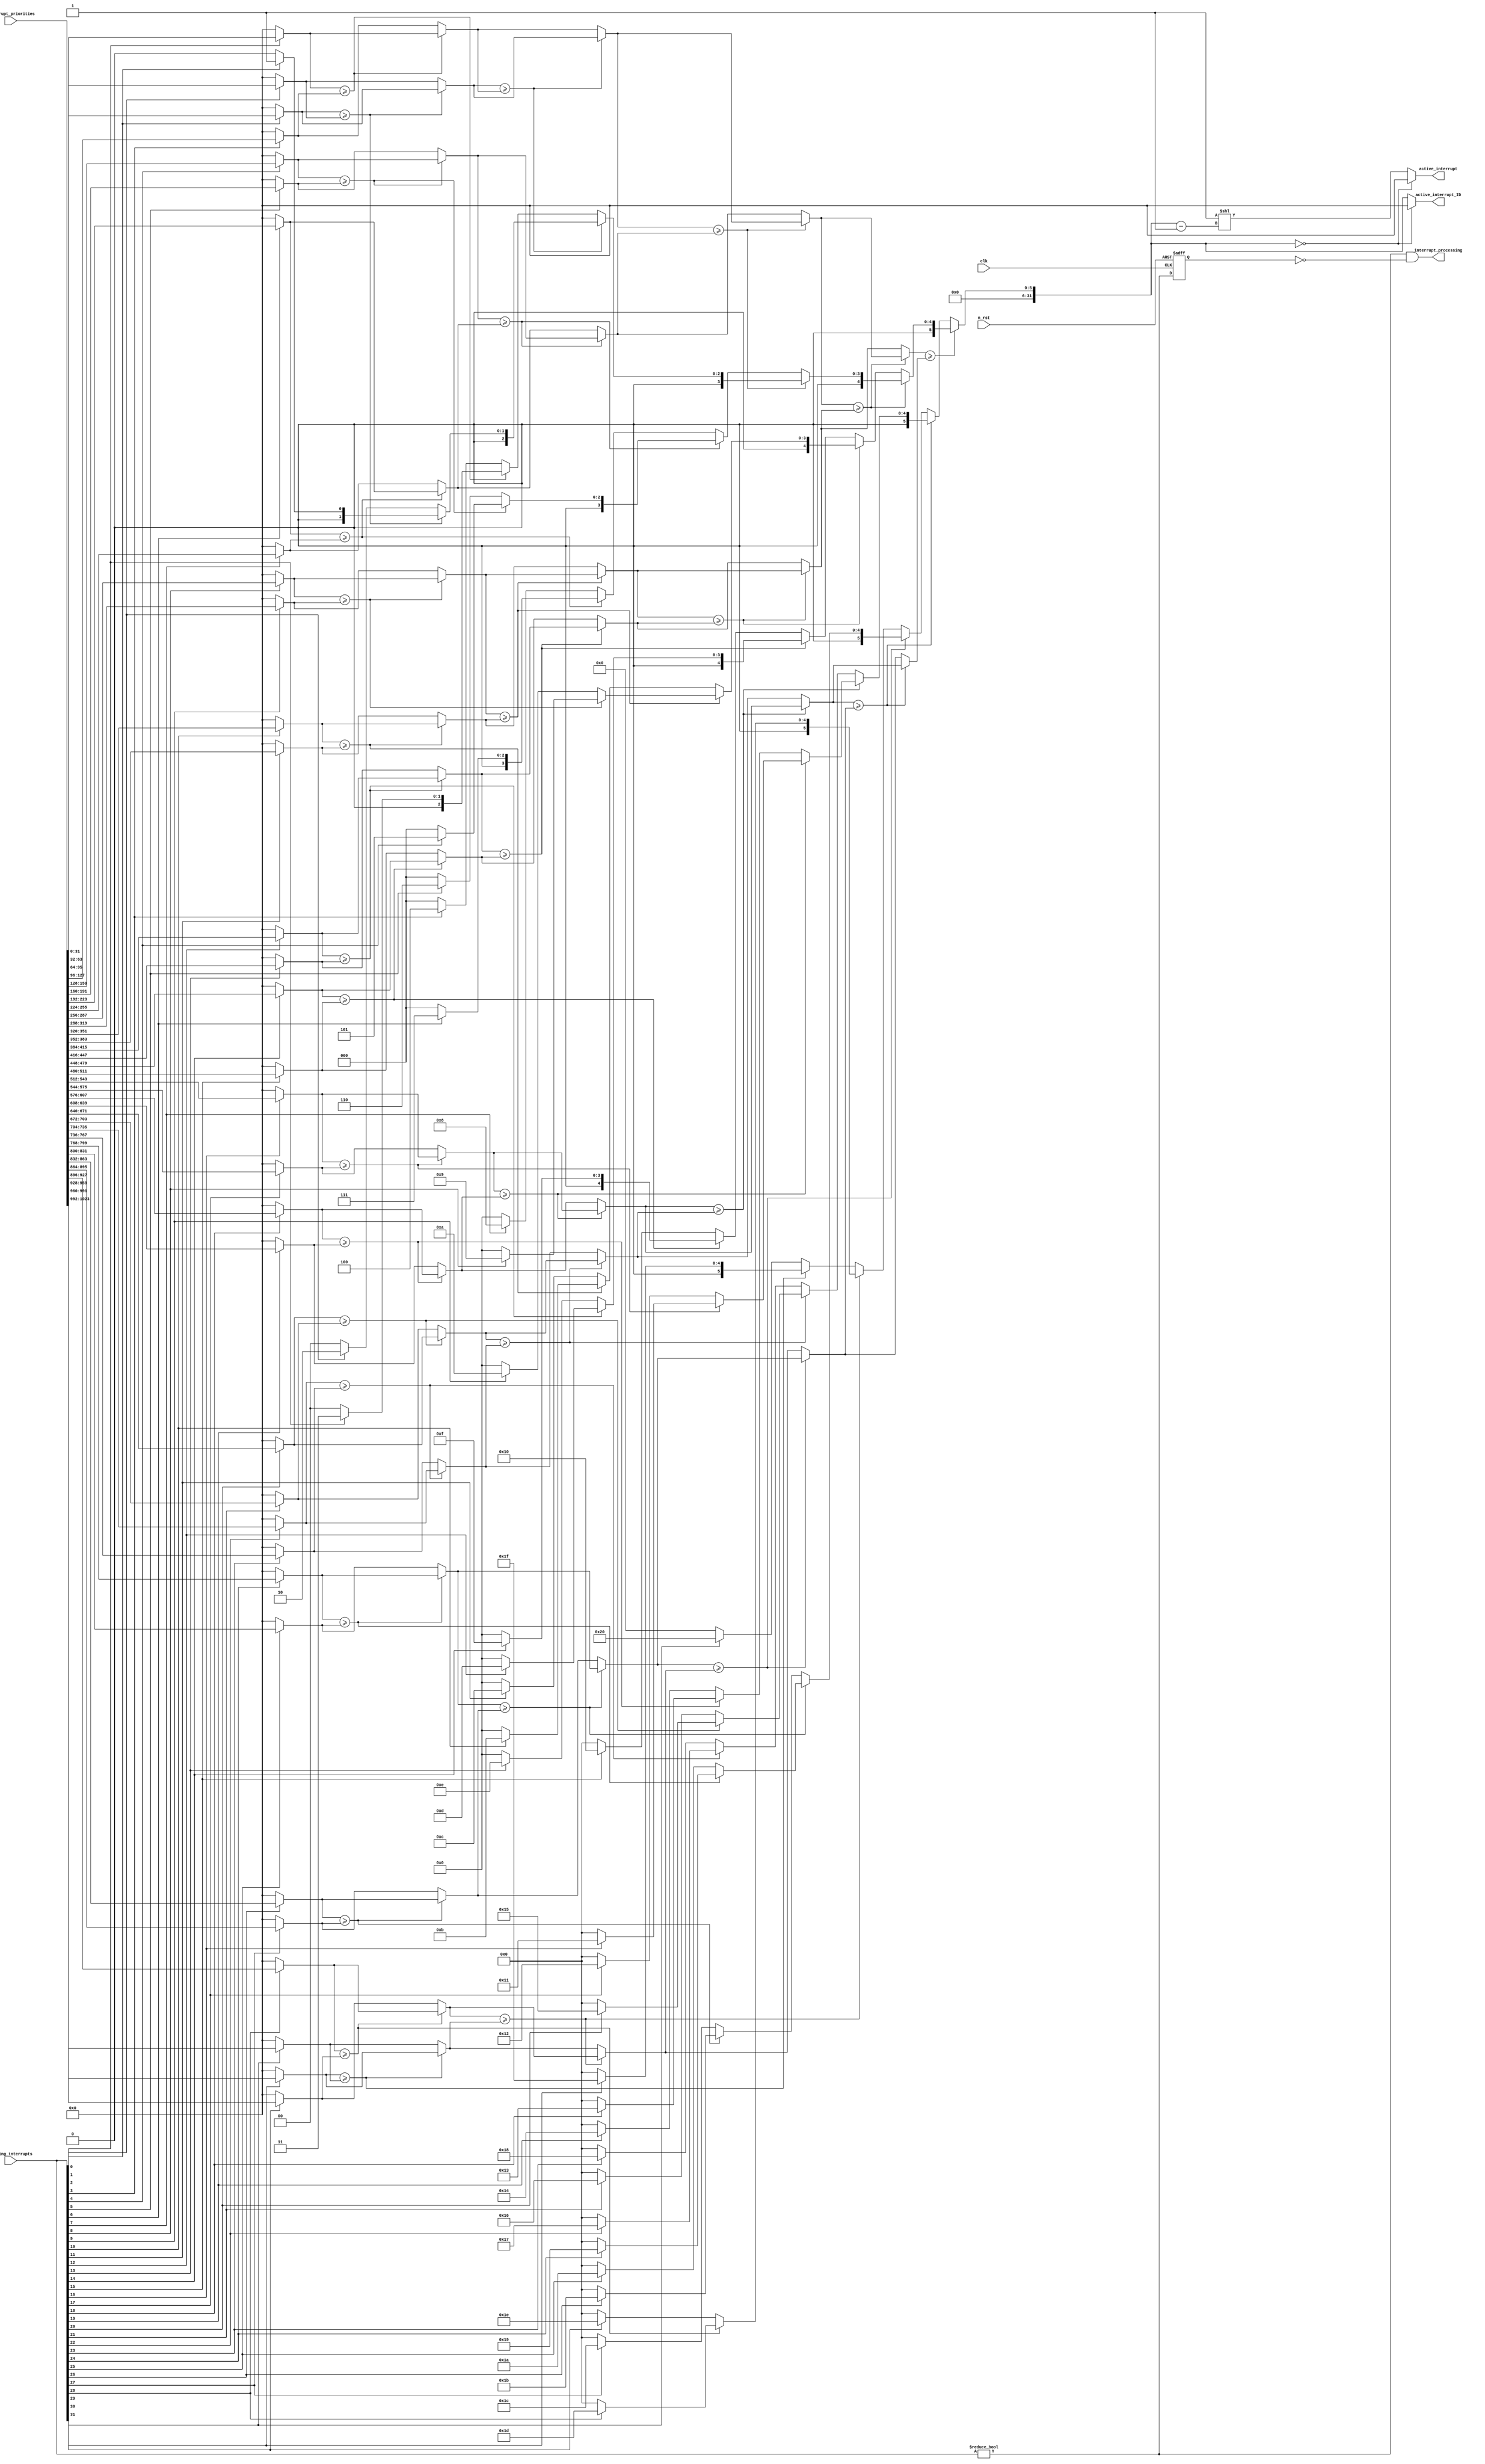
module interrupt_priority_resolve (
	clk,
	n_rst,
	interrupt_priorities,
	pending_interrupts,
	active_interrupt,
	active_interrupt_ID,
	interrupt_processing
);
	parameter N_INTERRUPTS = 32;
	input wire clk;
	input wire n_rst;
	input wire [(N_INTERRUPTS * 32) - 1:0] interrupt_priorities;
	input wire [N_INTERRUPTS - 1:0] pending_interrupts;
	output wire [N_INTERRUPTS - 1:0] active_interrupt;
	output wire [31:0] active_interrupt_ID;
	output wire interrupt_processing;
	wire [(N_INTERRUPTS * 32) - 1:0] max_ids;
	wire [(N_INTERRUPTS * 32) - 1:0] max_priorities;
	wire [(($clog2(N_INTERRUPTS) >= 0 ? (($clog2(N_INTERRUPTS) + 1) * N_INTERRUPTS) - 1 : ((1 - $clog2(N_INTERRUPTS)) * N_INTERRUPTS) + (($clog2(N_INTERRUPTS) * N_INTERRUPTS) - 1)) >= ($clog2(N_INTERRUPTS) >= 0 ? 0 : $clog2(N_INTERRUPTS) * N_INTERRUPTS) ? (((($clog2(N_INTERRUPTS) >= 0 ? (($clog2(N_INTERRUPTS) + 1) * N_INTERRUPTS) - 1 : ((1 - $clog2(N_INTERRUPTS)) * N_INTERRUPTS) + (($clog2(N_INTERRUPTS) * N_INTERRUPTS) - 1)) - ($clog2(N_INTERRUPTS) >= 0 ? 0 : $clog2(N_INTERRUPTS) * N_INTERRUPTS)) + 1) * 32) + ((($clog2(N_INTERRUPTS) >= 0 ? 0 : $clog2(N_INTERRUPTS) * N_INTERRUPTS) * 32) - 1) : (((($clog2(N_INTERRUPTS) >= 0 ? 0 : $clog2(N_INTERRUPTS) * N_INTERRUPTS) - ($clog2(N_INTERRUPTS) >= 0 ? (($clog2(N_INTERRUPTS) + 1) * N_INTERRUPTS) - 1 : ((1 - $clog2(N_INTERRUPTS)) * N_INTERRUPTS) + (($clog2(N_INTERRUPTS) * N_INTERRUPTS) - 1))) + 1) * 32) + ((($clog2(N_INTERRUPTS) >= 0 ? (($clog2(N_INTERRUPTS) + 1) * N_INTERRUPTS) - 1 : ((1 - $clog2(N_INTERRUPTS)) * N_INTERRUPTS) + (($clog2(N_INTERRUPTS) * N_INTERRUPTS) - 1)) * 32) - 1)):(($clog2(N_INTERRUPTS) >= 0 ? (($clog2(N_INTERRUPTS) + 1) * N_INTERRUPTS) - 1 : ((1 - $clog2(N_INTERRUPTS)) * N_INTERRUPTS) + (($clog2(N_INTERRUPTS) * N_INTERRUPTS) - 1)) >= ($clog2(N_INTERRUPTS) >= 0 ? 0 : $clog2(N_INTERRUPTS) * N_INTERRUPTS) ? ($clog2(N_INTERRUPTS) >= 0 ? 0 : $clog2(N_INTERRUPTS) * N_INTERRUPTS) * 32 : ($clog2(N_INTERRUPTS) >= 0 ? (($clog2(N_INTERRUPTS) + 1) * N_INTERRUPTS) - 1 : ((1 - $clog2(N_INTERRUPTS)) * N_INTERRUPTS) + (($clog2(N_INTERRUPTS) * N_INTERRUPTS) - 1)) * 32)] ids;
	wire [(($clog2(N_INTERRUPTS) >= 0 ? (($clog2(N_INTERRUPTS) + 1) * N_INTERRUPTS) - 1 : ((1 - $clog2(N_INTERRUPTS)) * N_INTERRUPTS) + (($clog2(N_INTERRUPTS) * N_INTERRUPTS) - 1)) >= ($clog2(N_INTERRUPTS) >= 0 ? 0 : $clog2(N_INTERRUPTS) * N_INTERRUPTS) ? (((($clog2(N_INTERRUPTS) >= 0 ? (($clog2(N_INTERRUPTS) + 1) * N_INTERRUPTS) - 1 : ((1 - $clog2(N_INTERRUPTS)) * N_INTERRUPTS) + (($clog2(N_INTERRUPTS) * N_INTERRUPTS) - 1)) - ($clog2(N_INTERRUPTS) >= 0 ? 0 : $clog2(N_INTERRUPTS) * N_INTERRUPTS)) + 1) * 32) + ((($clog2(N_INTERRUPTS) >= 0 ? 0 : $clog2(N_INTERRUPTS) * N_INTERRUPTS) * 32) - 1) : (((($clog2(N_INTERRUPTS) >= 0 ? 0 : $clog2(N_INTERRUPTS) * N_INTERRUPTS) - ($clog2(N_INTERRUPTS) >= 0 ? (($clog2(N_INTERRUPTS) + 1) * N_INTERRUPTS) - 1 : ((1 - $clog2(N_INTERRUPTS)) * N_INTERRUPTS) + (($clog2(N_INTERRUPTS) * N_INTERRUPTS) - 1))) + 1) * 32) + ((($clog2(N_INTERRUPTS) >= 0 ? (($clog2(N_INTERRUPTS) + 1) * N_INTERRUPTS) - 1 : ((1 - $clog2(N_INTERRUPTS)) * N_INTERRUPTS) + (($clog2(N_INTERRUPTS) * N_INTERRUPTS) - 1)) * 32) - 1)):(($clog2(N_INTERRUPTS) >= 0 ? (($clog2(N_INTERRUPTS) + 1) * N_INTERRUPTS) - 1 : ((1 - $clog2(N_INTERRUPTS)) * N_INTERRUPTS) + (($clog2(N_INTERRUPTS) * N_INTERRUPTS) - 1)) >= ($clog2(N_INTERRUPTS) >= 0 ? 0 : $clog2(N_INTERRUPTS) * N_INTERRUPTS) ? ($clog2(N_INTERRUPTS) >= 0 ? 0 : $clog2(N_INTERRUPTS) * N_INTERRUPTS) * 32 : ($clog2(N_INTERRUPTS) >= 0 ? (($clog2(N_INTERRUPTS) + 1) * N_INTERRUPTS) - 1 : ((1 - $clog2(N_INTERRUPTS)) * N_INTERRUPTS) + (($clog2(N_INTERRUPTS) * N_INTERRUPTS) - 1)) * 32)] priorities;
	wire interrupt_process;
	reg interrupt_process_prev;
	assign active_interrupt_ID = (ids[(($clog2(N_INTERRUPTS) >= 0 ? (($clog2(N_INTERRUPTS) + 1) * N_INTERRUPTS) - 1 : ((1 - $clog2(N_INTERRUPTS)) * N_INTERRUPTS) + (($clog2(N_INTERRUPTS) * N_INTERRUPTS) - 1)) >= ($clog2(N_INTERRUPTS) >= 0 ? 0 : $clog2(N_INTERRUPTS) * N_INTERRUPTS) ? ($clog2(N_INTERRUPTS) >= 0 ? $clog2(N_INTERRUPTS) : $clog2(N_INTERRUPTS) - $clog2(N_INTERRUPTS)) * N_INTERRUPTS : ($clog2(N_INTERRUPTS) >= 0 ? 0 : $clog2(N_INTERRUPTS) * N_INTERRUPTS) - ((($clog2(N_INTERRUPTS) >= 0 ? $clog2(N_INTERRUPTS) : $clog2(N_INTERRUPTS) - $clog2(N_INTERRUPTS)) * N_INTERRUPTS) - ($clog2(N_INTERRUPTS) >= 0 ? (($clog2(N_INTERRUPTS) + 1) * N_INTERRUPTS) - 1 : ((1 - $clog2(N_INTERRUPTS)) * N_INTERRUPTS) + (($clog2(N_INTERRUPTS) * N_INTERRUPTS) - 1)))) * 32+:32] == 0 ? {32 {1'sb0}} : ids[(($clog2(N_INTERRUPTS) >= 0 ? (($clog2(N_INTERRUPTS) + 1) * N_INTERRUPTS) - 1 : ((1 - $clog2(N_INTERRUPTS)) * N_INTERRUPTS) + (($clog2(N_INTERRUPTS) * N_INTERRUPTS) - 1)) >= ($clog2(N_INTERRUPTS) >= 0 ? 0 : $clog2(N_INTERRUPTS) * N_INTERRUPTS) ? ($clog2(N_INTERRUPTS) >= 0 ? $clog2(N_INTERRUPTS) : $clog2(N_INTERRUPTS) - $clog2(N_INTERRUPTS)) * N_INTERRUPTS : ($clog2(N_INTERRUPTS) >= 0 ? 0 : $clog2(N_INTERRUPTS) * N_INTERRUPTS) - ((($clog2(N_INTERRUPTS) >= 0 ? $clog2(N_INTERRUPTS) : $clog2(N_INTERRUPTS) - $clog2(N_INTERRUPTS)) * N_INTERRUPTS) - ($clog2(N_INTERRUPTS) >= 0 ? (($clog2(N_INTERRUPTS) + 1) * N_INTERRUPTS) - 1 : ((1 - $clog2(N_INTERRUPTS)) * N_INTERRUPTS) + (($clog2(N_INTERRUPTS) * N_INTERRUPTS) - 1)))) * 32+:32]);
	assign active_interrupt = (ids[(($clog2(N_INTERRUPTS) >= 0 ? (($clog2(N_INTERRUPTS) + 1) * N_INTERRUPTS) - 1 : ((1 - $clog2(N_INTERRUPTS)) * N_INTERRUPTS) + (($clog2(N_INTERRUPTS) * N_INTERRUPTS) - 1)) >= ($clog2(N_INTERRUPTS) >= 0 ? 0 : $clog2(N_INTERRUPTS) * N_INTERRUPTS) ? ($clog2(N_INTERRUPTS) >= 0 ? $clog2(N_INTERRUPTS) : $clog2(N_INTERRUPTS) - $clog2(N_INTERRUPTS)) * N_INTERRUPTS : ($clog2(N_INTERRUPTS) >= 0 ? 0 : $clog2(N_INTERRUPTS) * N_INTERRUPTS) - ((($clog2(N_INTERRUPTS) >= 0 ? $clog2(N_INTERRUPTS) : $clog2(N_INTERRUPTS) - $clog2(N_INTERRUPTS)) * N_INTERRUPTS) - ($clog2(N_INTERRUPTS) >= 0 ? (($clog2(N_INTERRUPTS) + 1) * N_INTERRUPTS) - 1 : ((1 - $clog2(N_INTERRUPTS)) * N_INTERRUPTS) + (($clog2(N_INTERRUPTS) * N_INTERRUPTS) - 1)))) * 32+:32] == 0 ? {N_INTERRUPTS {1'sb0}} : 'b1 << (ids[(($clog2(N_INTERRUPTS) >= 0 ? (($clog2(N_INTERRUPTS) + 1) * N_INTERRUPTS) - 1 : ((1 - $clog2(N_INTERRUPTS)) * N_INTERRUPTS) + (($clog2(N_INTERRUPTS) * N_INTERRUPTS) - 1)) >= ($clog2(N_INTERRUPTS) >= 0 ? 0 : $clog2(N_INTERRUPTS) * N_INTERRUPTS) ? ($clog2(N_INTERRUPTS) >= 0 ? $clog2(N_INTERRUPTS) : $clog2(N_INTERRUPTS) - $clog2(N_INTERRUPTS)) * N_INTERRUPTS : ($clog2(N_INTERRUPTS) >= 0 ? 0 : $clog2(N_INTERRUPTS) * N_INTERRUPTS) - ((($clog2(N_INTERRUPTS) >= 0 ? $clog2(N_INTERRUPTS) : $clog2(N_INTERRUPTS) - $clog2(N_INTERRUPTS)) * N_INTERRUPTS) - ($clog2(N_INTERRUPTS) >= 0 ? (($clog2(N_INTERRUPTS) + 1) * N_INTERRUPTS) - 1 : ((1 - $clog2(N_INTERRUPTS)) * N_INTERRUPTS) + (($clog2(N_INTERRUPTS) * N_INTERRUPTS) - 1)))) * 32+:32] - 1));
	assign interrupt_process = pending_interrupts != {N_INTERRUPTS {1'sb0}};
	assign interrupt_processing = interrupt_process & ~interrupt_process_prev;
	always @(posedge clk or negedge n_rst)
		if (!n_rst)
			interrupt_process_prev <= 1'b0;
		else
			interrupt_process_prev <= interrupt_process;
	genvar i;
	genvar j;
	generate
		for (i = 0; i <= $clog2(N_INTERRUPTS); i = i + 1) for (j = 0; j < (2 ** ($clog2(N_INTERRUPTS) - i)); j = j + 1) if (i == 0) begin
			assign ids[(($clog2(N_INTERRUPTS) >= 0 ? (($clog2(N_INTERRUPTS) + 1) * N_INTERRUPTS) - 1 : ((1 - $clog2(N_INTERRUPTS)) * N_INTERRUPTS) + (($clog2(N_INTERRUPTS) * N_INTERRUPTS) - 1)) >= ($clog2(N_INTERRUPTS) >= 0 ? 0 : $clog2(N_INTERRUPTS) * N_INTERRUPTS) ? (($clog2(N_INTERRUPTS) >= 0 ? i : $clog2(N_INTERRUPTS) - i) * N_INTERRUPTS) + j : ($clog2(N_INTERRUPTS) >= 0 ? 0 : $clog2(N_INTERRUPTS) * N_INTERRUPTS) - (((($clog2(N_INTERRUPTS) >= 0 ? i : $clog2(N_INTERRUPTS) - i) * N_INTERRUPTS) + j) - ($clog2(N_INTERRUPTS) >= 0 ? (($clog2(N_INTERRUPTS) + 1) * N_INTERRUPTS) - 1 : ((1 - $clog2(N_INTERRUPTS)) * N_INTERRUPTS) + (($clog2(N_INTERRUPTS) * N_INTERRUPTS) - 1)))) * 32+:32] = (pending_interrupts[j] ? j + 1 : 0);
			assign priorities[(($clog2(N_INTERRUPTS) >= 0 ? (($clog2(N_INTERRUPTS) + 1) * N_INTERRUPTS) - 1 : ((1 - $clog2(N_INTERRUPTS)) * N_INTERRUPTS) + (($clog2(N_INTERRUPTS) * N_INTERRUPTS) - 1)) >= ($clog2(N_INTERRUPTS) >= 0 ? 0 : $clog2(N_INTERRUPTS) * N_INTERRUPTS) ? (($clog2(N_INTERRUPTS) >= 0 ? i : $clog2(N_INTERRUPTS) - i) * N_INTERRUPTS) + j : ($clog2(N_INTERRUPTS) >= 0 ? 0 : $clog2(N_INTERRUPTS) * N_INTERRUPTS) - (((($clog2(N_INTERRUPTS) >= 0 ? i : $clog2(N_INTERRUPTS) - i) * N_INTERRUPTS) + j) - ($clog2(N_INTERRUPTS) >= 0 ? (($clog2(N_INTERRUPTS) + 1) * N_INTERRUPTS) - 1 : ((1 - $clog2(N_INTERRUPTS)) * N_INTERRUPTS) + (($clog2(N_INTERRUPTS) * N_INTERRUPTS) - 1)))) * 32+:32] = (pending_interrupts[j] ? interrupt_priorities[j * 32+:32] : 0);
		end
		else begin
			assign ids[(($clog2(N_INTERRUPTS) >= 0 ? (($clog2(N_INTERRUPTS) + 1) * N_INTERRUPTS) - 1 : ((1 - $clog2(N_INTERRUPTS)) * N_INTERRUPTS) + (($clog2(N_INTERRUPTS) * N_INTERRUPTS) - 1)) >= ($clog2(N_INTERRUPTS) >= 0 ? 0 : $clog2(N_INTERRUPTS) * N_INTERRUPTS) ? (($clog2(N_INTERRUPTS) >= 0 ? i : $clog2(N_INTERRUPTS) - i) * N_INTERRUPTS) + j : ($clog2(N_INTERRUPTS) >= 0 ? 0 : $clog2(N_INTERRUPTS) * N_INTERRUPTS) - (((($clog2(N_INTERRUPTS) >= 0 ? i : $clog2(N_INTERRUPTS) - i) * N_INTERRUPTS) + j) - ($clog2(N_INTERRUPTS) >= 0 ? (($clog2(N_INTERRUPTS) + 1) * N_INTERRUPTS) - 1 : ((1 - $clog2(N_INTERRUPTS)) * N_INTERRUPTS) + (($clog2(N_INTERRUPTS) * N_INTERRUPTS) - 1)))) * 32+:32] = (priorities[(($clog2(N_INTERRUPTS) >= 0 ? (($clog2(N_INTERRUPTS) + 1) * N_INTERRUPTS) - 1 : ((1 - $clog2(N_INTERRUPTS)) * N_INTERRUPTS) + (($clog2(N_INTERRUPTS) * N_INTERRUPTS) - 1)) >= ($clog2(N_INTERRUPTS) >= 0 ? 0 : $clog2(N_INTERRUPTS) * N_INTERRUPTS) ? (($clog2(N_INTERRUPTS) >= 0 ? i - 1 : $clog2(N_INTERRUPTS) - (i - 1)) * N_INTERRUPTS) + (2 * j) : ($clog2(N_INTERRUPTS) >= 0 ? 0 : $clog2(N_INTERRUPTS) * N_INTERRUPTS) - (((($clog2(N_INTERRUPTS) >= 0 ? i - 1 : $clog2(N_INTERRUPTS) - (i - 1)) * N_INTERRUPTS) + (2 * j)) - ($clog2(N_INTERRUPTS) >= 0 ? (($clog2(N_INTERRUPTS) + 1) * N_INTERRUPTS) - 1 : ((1 - $clog2(N_INTERRUPTS)) * N_INTERRUPTS) + (($clog2(N_INTERRUPTS) * N_INTERRUPTS) - 1)))) * 32+:32] >= priorities[(($clog2(N_INTERRUPTS) >= 0 ? (($clog2(N_INTERRUPTS) + 1) * N_INTERRUPTS) - 1 : ((1 - $clog2(N_INTERRUPTS)) * N_INTERRUPTS) + (($clog2(N_INTERRUPTS) * N_INTERRUPTS) - 1)) >= ($clog2(N_INTERRUPTS) >= 0 ? 0 : $clog2(N_INTERRUPTS) * N_INTERRUPTS) ? (($clog2(N_INTERRUPTS) >= 0 ? i - 1 : $clog2(N_INTERRUPTS) - (i - 1)) * N_INTERRUPTS) + ((2 * j) + 1) : ($clog2(N_INTERRUPTS) >= 0 ? 0 : $clog2(N_INTERRUPTS) * N_INTERRUPTS) - (((($clog2(N_INTERRUPTS) >= 0 ? i - 1 : $clog2(N_INTERRUPTS) - (i - 1)) * N_INTERRUPTS) + ((2 * j) + 1)) - ($clog2(N_INTERRUPTS) >= 0 ? (($clog2(N_INTERRUPTS) + 1) * N_INTERRUPTS) - 1 : ((1 - $clog2(N_INTERRUPTS)) * N_INTERRUPTS) + (($clog2(N_INTERRUPTS) * N_INTERRUPTS) - 1)))) * 32+:32] ? ids[(($clog2(N_INTERRUPTS) >= 0 ? (($clog2(N_INTERRUPTS) + 1) * N_INTERRUPTS) - 1 : ((1 - $clog2(N_INTERRUPTS)) * N_INTERRUPTS) + (($clog2(N_INTERRUPTS) * N_INTERRUPTS) - 1)) >= ($clog2(N_INTERRUPTS) >= 0 ? 0 : $clog2(N_INTERRUPTS) * N_INTERRUPTS) ? (($clog2(N_INTERRUPTS) >= 0 ? i - 1 : $clog2(N_INTERRUPTS) - (i - 1)) * N_INTERRUPTS) + (2 * j) : ($clog2(N_INTERRUPTS) >= 0 ? 0 : $clog2(N_INTERRUPTS) * N_INTERRUPTS) - (((($clog2(N_INTERRUPTS) >= 0 ? i - 1 : $clog2(N_INTERRUPTS) - (i - 1)) * N_INTERRUPTS) + (2 * j)) - ($clog2(N_INTERRUPTS) >= 0 ? (($clog2(N_INTERRUPTS) + 1) * N_INTERRUPTS) - 1 : ((1 - $clog2(N_INTERRUPTS)) * N_INTERRUPTS) + (($clog2(N_INTERRUPTS) * N_INTERRUPTS) - 1)))) * 32+:32] : ids[(($clog2(N_INTERRUPTS) >= 0 ? (($clog2(N_INTERRUPTS) + 1) * N_INTERRUPTS) - 1 : ((1 - $clog2(N_INTERRUPTS)) * N_INTERRUPTS) + (($clog2(N_INTERRUPTS) * N_INTERRUPTS) - 1)) >= ($clog2(N_INTERRUPTS) >= 0 ? 0 : $clog2(N_INTERRUPTS) * N_INTERRUPTS) ? (($clog2(N_INTERRUPTS) >= 0 ? i - 1 : $clog2(N_INTERRUPTS) - (i - 1)) * N_INTERRUPTS) + ((2 * j) + 1) : ($clog2(N_INTERRUPTS) >= 0 ? 0 : $clog2(N_INTERRUPTS) * N_INTERRUPTS) - (((($clog2(N_INTERRUPTS) >= 0 ? i - 1 : $clog2(N_INTERRUPTS) - (i - 1)) * N_INTERRUPTS) + ((2 * j) + 1)) - ($clog2(N_INTERRUPTS) >= 0 ? (($clog2(N_INTERRUPTS) + 1) * N_INTERRUPTS) - 1 : ((1 - $clog2(N_INTERRUPTS)) * N_INTERRUPTS) + (($clog2(N_INTERRUPTS) * N_INTERRUPTS) - 1)))) * 32+:32]);
			assign priorities[(($clog2(N_INTERRUPTS) >= 0 ? (($clog2(N_INTERRUPTS) + 1) * N_INTERRUPTS) - 1 : ((1 - $clog2(N_INTERRUPTS)) * N_INTERRUPTS) + (($clog2(N_INTERRUPTS) * N_INTERRUPTS) - 1)) >= ($clog2(N_INTERRUPTS) >= 0 ? 0 : $clog2(N_INTERRUPTS) * N_INTERRUPTS) ? (($clog2(N_INTERRUPTS) >= 0 ? i : $clog2(N_INTERRUPTS) - i) * N_INTERRUPTS) + j : ($clog2(N_INTERRUPTS) >= 0 ? 0 : $clog2(N_INTERRUPTS) * N_INTERRUPTS) - (((($clog2(N_INTERRUPTS) >= 0 ? i : $clog2(N_INTERRUPTS) - i) * N_INTERRUPTS) + j) - ($clog2(N_INTERRUPTS) >= 0 ? (($clog2(N_INTERRUPTS) + 1) * N_INTERRUPTS) - 1 : ((1 - $clog2(N_INTERRUPTS)) * N_INTERRUPTS) + (($clog2(N_INTERRUPTS) * N_INTERRUPTS) - 1)))) * 32+:32] = (priorities[(($clog2(N_INTERRUPTS) >= 0 ? (($clog2(N_INTERRUPTS) + 1) * N_INTERRUPTS) - 1 : ((1 - $clog2(N_INTERRUPTS)) * N_INTERRUPTS) + (($clog2(N_INTERRUPTS) * N_INTERRUPTS) - 1)) >= ($clog2(N_INTERRUPTS) >= 0 ? 0 : $clog2(N_INTERRUPTS) * N_INTERRUPTS) ? (($clog2(N_INTERRUPTS) >= 0 ? i - 1 : $clog2(N_INTERRUPTS) - (i - 1)) * N_INTERRUPTS) + (2 * j) : ($clog2(N_INTERRUPTS) >= 0 ? 0 : $clog2(N_INTERRUPTS) * N_INTERRUPTS) - (((($clog2(N_INTERRUPTS) >= 0 ? i - 1 : $clog2(N_INTERRUPTS) - (i - 1)) * N_INTERRUPTS) + (2 * j)) - ($clog2(N_INTERRUPTS) >= 0 ? (($clog2(N_INTERRUPTS) + 1) * N_INTERRUPTS) - 1 : ((1 - $clog2(N_INTERRUPTS)) * N_INTERRUPTS) + (($clog2(N_INTERRUPTS) * N_INTERRUPTS) - 1)))) * 32+:32] >= priorities[(($clog2(N_INTERRUPTS) >= 0 ? (($clog2(N_INTERRUPTS) + 1) * N_INTERRUPTS) - 1 : ((1 - $clog2(N_INTERRUPTS)) * N_INTERRUPTS) + (($clog2(N_INTERRUPTS) * N_INTERRUPTS) - 1)) >= ($clog2(N_INTERRUPTS) >= 0 ? 0 : $clog2(N_INTERRUPTS) * N_INTERRUPTS) ? (($clog2(N_INTERRUPTS) >= 0 ? i - 1 : $clog2(N_INTERRUPTS) - (i - 1)) * N_INTERRUPTS) + ((2 * j) + 1) : ($clog2(N_INTERRUPTS) >= 0 ? 0 : $clog2(N_INTERRUPTS) * N_INTERRUPTS) - (((($clog2(N_INTERRUPTS) >= 0 ? i - 1 : $clog2(N_INTERRUPTS) - (i - 1)) * N_INTERRUPTS) + ((2 * j) + 1)) - ($clog2(N_INTERRUPTS) >= 0 ? (($clog2(N_INTERRUPTS) + 1) * N_INTERRUPTS) - 1 : ((1 - $clog2(N_INTERRUPTS)) * N_INTERRUPTS) + (($clog2(N_INTERRUPTS) * N_INTERRUPTS) - 1)))) * 32+:32] ? priorities[(($clog2(N_INTERRUPTS) >= 0 ? (($clog2(N_INTERRUPTS) + 1) * N_INTERRUPTS) - 1 : ((1 - $clog2(N_INTERRUPTS)) * N_INTERRUPTS) + (($clog2(N_INTERRUPTS) * N_INTERRUPTS) - 1)) >= ($clog2(N_INTERRUPTS) >= 0 ? 0 : $clog2(N_INTERRUPTS) * N_INTERRUPTS) ? (($clog2(N_INTERRUPTS) >= 0 ? i - 1 : $clog2(N_INTERRUPTS) - (i - 1)) * N_INTERRUPTS) + (2 * j) : ($clog2(N_INTERRUPTS) >= 0 ? 0 : $clog2(N_INTERRUPTS) * N_INTERRUPTS) - (((($clog2(N_INTERRUPTS) >= 0 ? i - 1 : $clog2(N_INTERRUPTS) - (i - 1)) * N_INTERRUPTS) + (2 * j)) - ($clog2(N_INTERRUPTS) >= 0 ? (($clog2(N_INTERRUPTS) + 1) * N_INTERRUPTS) - 1 : ((1 - $clog2(N_INTERRUPTS)) * N_INTERRUPTS) + (($clog2(N_INTERRUPTS) * N_INTERRUPTS) - 1)))) * 32+:32] : priorities[(($clog2(N_INTERRUPTS) >= 0 ? (($clog2(N_INTERRUPTS) + 1) * N_INTERRUPTS) - 1 : ((1 - $clog2(N_INTERRUPTS)) * N_INTERRUPTS) + (($clog2(N_INTERRUPTS) * N_INTERRUPTS) - 1)) >= ($clog2(N_INTERRUPTS) >= 0 ? 0 : $clog2(N_INTERRUPTS) * N_INTERRUPTS) ? (($clog2(N_INTERRUPTS) >= 0 ? i - 1 : $clog2(N_INTERRUPTS) - (i - 1)) * N_INTERRUPTS) + ((2 * j) + 1) : ($clog2(N_INTERRUPTS) >= 0 ? 0 : $clog2(N_INTERRUPTS) * N_INTERRUPTS) - (((($clog2(N_INTERRUPTS) >= 0 ? i - 1 : $clog2(N_INTERRUPTS) - (i - 1)) * N_INTERRUPTS) + ((2 * j) + 1)) - ($clog2(N_INTERRUPTS) >= 0 ? (($clog2(N_INTERRUPTS) + 1) * N_INTERRUPTS) - 1 : ((1 - $clog2(N_INTERRUPTS)) * N_INTERRUPTS) + (($clog2(N_INTERRUPTS) * N_INTERRUPTS) - 1)))) * 32+:32]);
		end
	endgenerate
endmodule